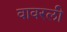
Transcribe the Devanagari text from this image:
वावरली